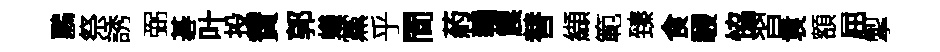
鸝祭誘弼碁叶投賛郭蟻黨乎間葯贛震替纈範臻食駸恊習袁額屈掣